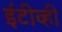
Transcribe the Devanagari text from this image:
ईटीव्ही